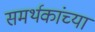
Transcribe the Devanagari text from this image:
समर्थकांच्या